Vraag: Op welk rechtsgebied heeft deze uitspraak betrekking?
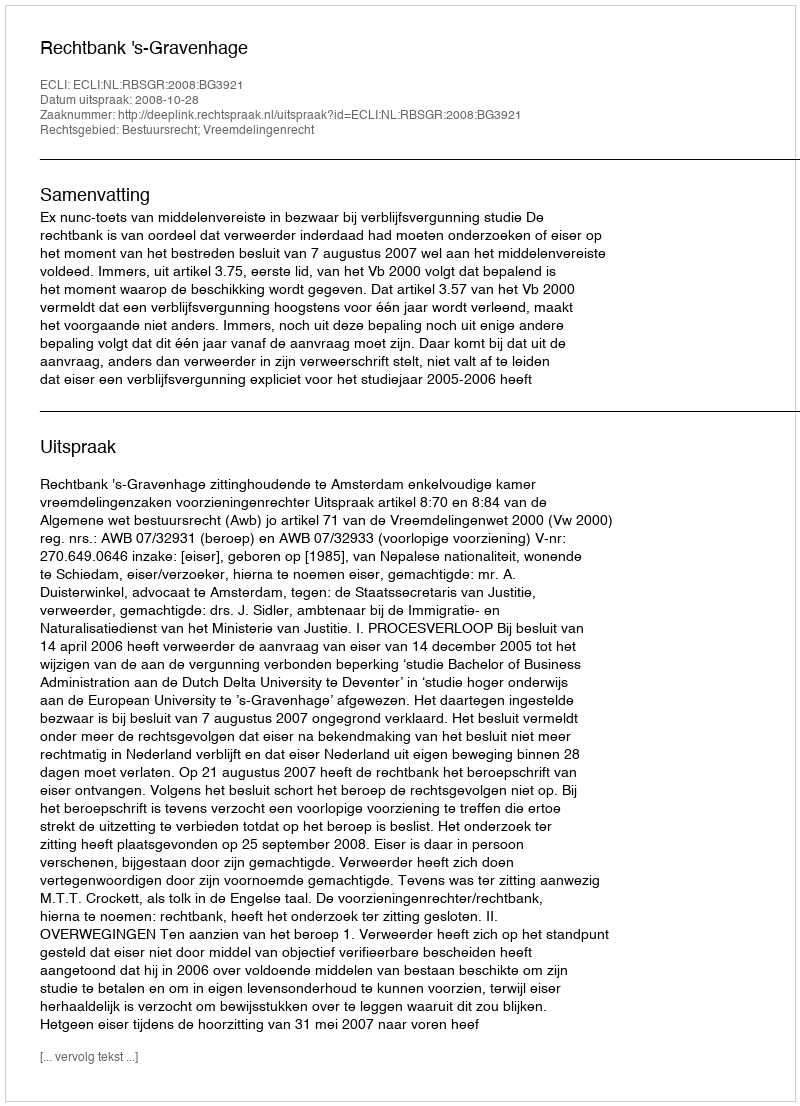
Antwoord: Bestuursrecht; Vreemdelingenrecht